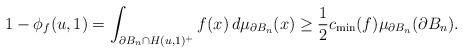
LaTeX: \begin{align*}1-\phi_f(u,1)=\int_{\partial B_n\cap H(u,1)^+}f(x)\,d\mu_{\partial B_n}(x)\geq \frac{1}{2}c_{\min}(f)\mu_{\partial B_n}(\partial B_n).\end{align*}